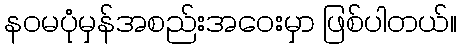
နဝမပုံမှန်အစည်းအဝေးမှာ ဖြစ်ပါတယ်။